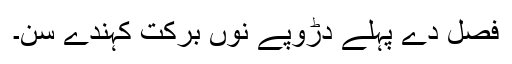
فصل دے پہلے دڑوپے نوں برکت کہندے سن۔